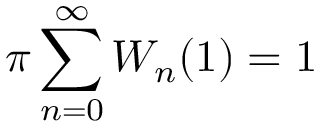
\pi \sum _ { n = 0 } ^ { \infty } W _ { n } ( 1 ) = 1